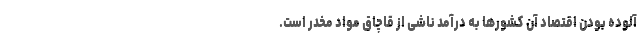
آلوده بودن اقتصاد آن کشورها به درآمد ناشی از قاچاق مواد مخدر است.